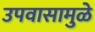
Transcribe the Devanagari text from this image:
उपवासामुळे